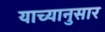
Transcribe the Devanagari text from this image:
याच्यानुसार